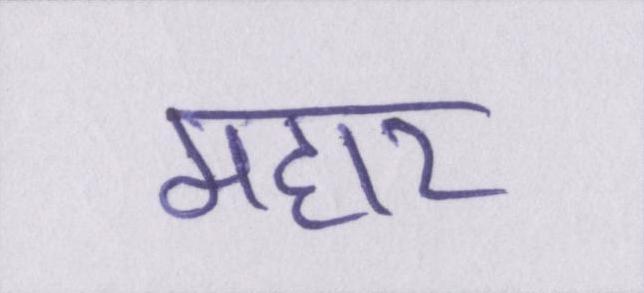
महार